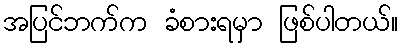
အပြင်ဘက်က ခံစားရမှာ ဖြစ်ပါတယ်။